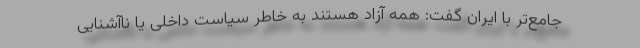
جامع‌تر با ایران گفت: همه آزاد هستند به خاطر سیاست داخلی یا ناآشنایی